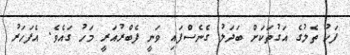
ފަހު ތެލުގެ އަގުތަކަށް ބަދަލު ގެނެސްފައި ވަނީ ފެބްރުއަރީ މަހު ގައެވެ. އެފަހަރު